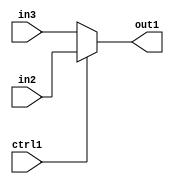
`timescale 1ps / 1ps
/*****************************************************************************
    Verilog RTL Description
    
    
    Created by: Stratus DpOpt 2019.1.01 
*******************************************************************************/

module cache_N_MuxB_320_2_6_1 (
	in3,
	in2,
	ctrl1,
	out1
	); /* architecture "behavioural" */ 
input [319:0] in3,
	in2;
input  ctrl1;
output [319:0] out1;
wire [319:0] asc001;

reg [319:0] asc001_tmp_0;
assign asc001 = asc001_tmp_0;
always @ (ctrl1 or in2 or in3) begin
	case (ctrl1)
		1'B1 : asc001_tmp_0 = in2 ;
		default : asc001_tmp_0 = in3 ;
	endcase
end

assign out1 = asc001;
endmodule

/* CADENCE  uLH5SQ0= : u9/ySgnWtBlWxVPRXgAZ4Og= ** DO NOT EDIT THIS LINE ******/